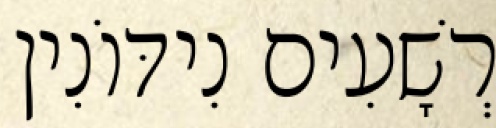
רְשָׁעִים נִידּוֹנִין